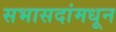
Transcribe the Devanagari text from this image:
सभासदांमधून